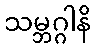
သမ္ဘဂ္ဂါနိ